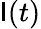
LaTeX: \mathsf{I}(t)